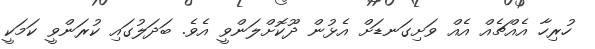
ހުރިހާ އެއްޗެއް އެއް ވަށިގަނޑަށް އެޅުން ދޫކޮށްލަންވީ އެވެ. ބަދަލުގައި ކުރަންވީ ކަމަކީ